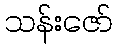
သန်းဇော်